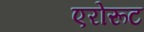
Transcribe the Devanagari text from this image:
एरोरूट